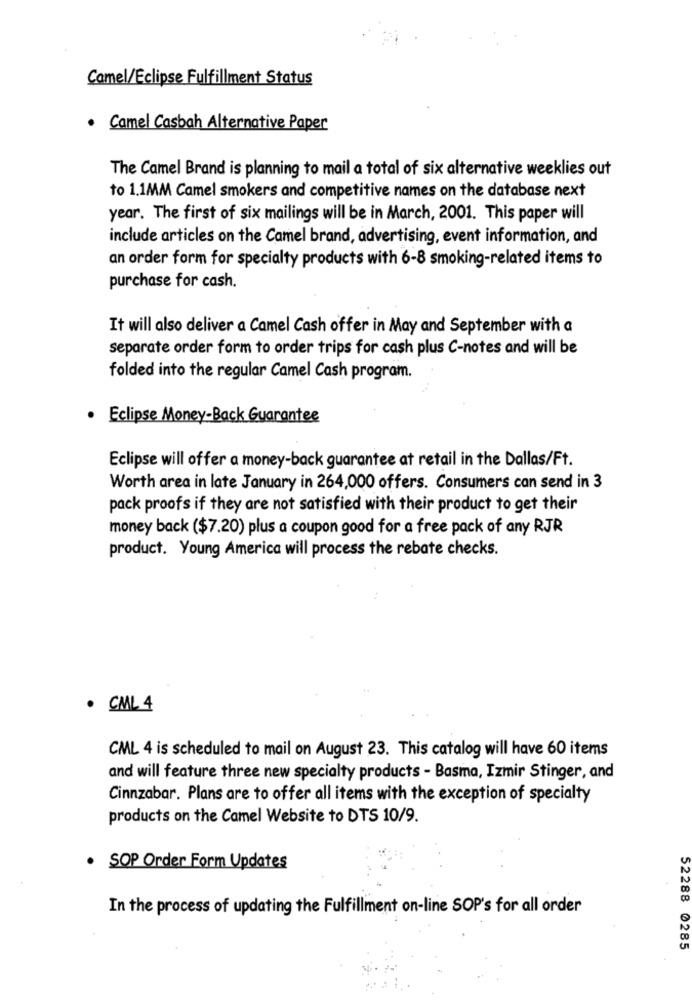
Camel/Eclipse Fulfillment Status
· Camel Casbah Alternative Paper
The Camel Brand is planning to mail a total of six alternative weeklies out
to 1.1MM Camel smokers and competitive names on the database next
year. The first of six mailings will be in March, 2001. This paper will
include articles on the Camel brand, advertising, event information, and
an order form for specialty products with 6-8 smoking-related items to
purchase for cash.
It will also deliver a Camel Cash offer in May and September with a
separate order form to order trips for cash plus C-notes and will be
folded into the regular Camel Cash program.
· Eclipse Money-Back Guarantee
Eclipse will offer a money-back guarantee at retail in the Dallas/Ft.
Worth area in late January in 264,000 offers. Consumers can send in 3
pack proofs if they are not satisfied with their product to get their
money back ($7.20) plus a coupon good for a free pack of any RJR
product. Young America will process the rebate checks.
· CML 4
CML 4 is scheduled to mail on August 23. This catalog will have 60 items
and will feature three new specialty products - Basma, Izmir Stinger, and
Cinnzabar. Plans are to offer all items with the exception of specialty
products on the Camel Website to DTS 10/9.
. SOP Order Form Updates
In the process of updating the Fulfillment on-line SOP's for all order
52288 0285